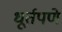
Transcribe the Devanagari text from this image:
धूर्तपणे